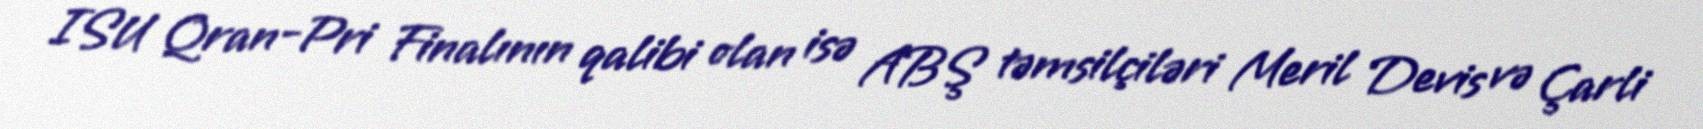
ISU Qran-Pri Finalının qalibi olan isə ABŞ təmsilçiləri Meril Devis və Çarli